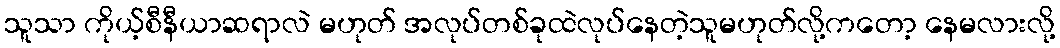
သူသာ ကိုယ့်စီနီယာဆရာလဲ မဟုတ် အလုပ်တစ်ခုထဲလုပ်နေတဲ့သူမဟုတ်လို့ကတော့ နေမလားလို့